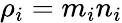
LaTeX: \rho_{i}=m_{i}n_{i}